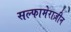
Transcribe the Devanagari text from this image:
सल्फामेराज़ीन